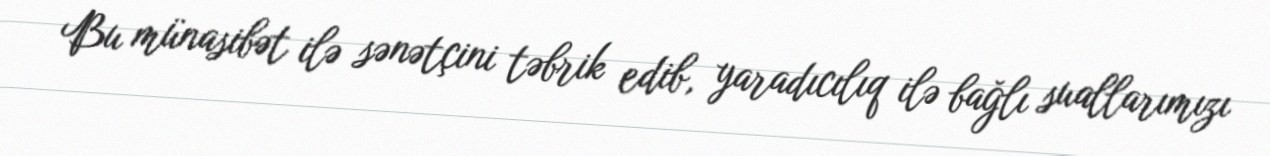
Bu münasibət ilə sənətçini təbrik edib, yaradıcılıq ilə bağlı suallarımızı